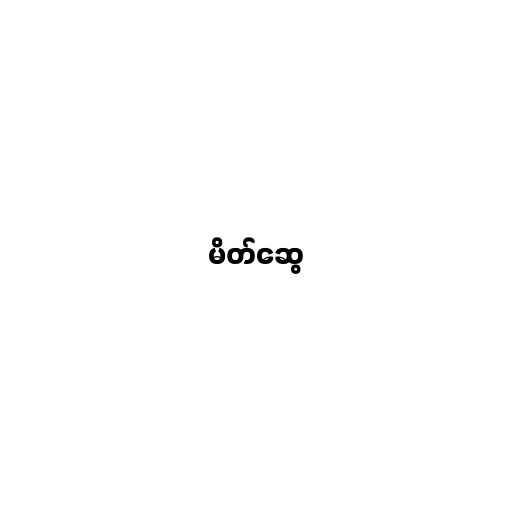
မိတ်ဆွေ